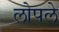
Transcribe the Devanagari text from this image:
लोपले